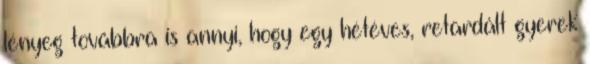
lényeg továbbra is annyi, hogy egy hétéves, retardált gyerek